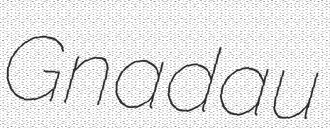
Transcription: Gnadau